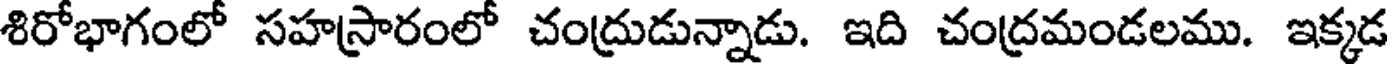
శిరోభాగంలో సహస్రారంలో చంద్రుడున్నాడు. ఇది చంద్రమండలము. ఇక్కడ